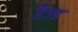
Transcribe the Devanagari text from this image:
डैज़्ड